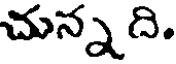
చున్నది.